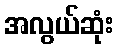
အလွယ်ဆုံး